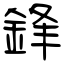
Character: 鋒